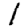
Digit: 1